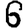
Digit: 6